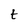
Character: t